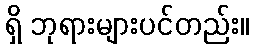
ရှိ ဘုရားများပင်တည်း။